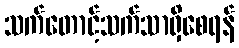
သက်တောင့်သက်သာရှိစေရန်